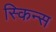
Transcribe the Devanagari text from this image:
स्किन्स